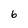
Character: 6